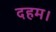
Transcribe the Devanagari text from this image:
दहम।